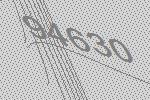
94630